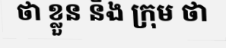
ថា ខ្លួន និង ក្រុម ថា